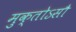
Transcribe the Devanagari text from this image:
मुक्तोऽसौ